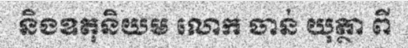
និងឧតុនិយម លោក ចាន់ យុត្ថា ពី